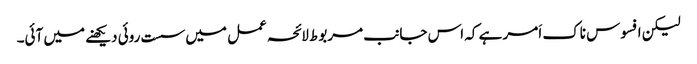
لیکن افسوس ناک اَمر ہے کہ اس جانب مربوط لائحہ عمل میں سست روئی دیکھنے میں آئی۔